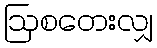
ဩစတေးလျှ